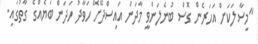
"މިސާލަކަށް އަހަރެން ގޮސް ބުނެލަންވީ މާދަން އައިސްދޭށޭ ހަވާދު ހަދަން ބަޔެއްގެ ގާތުގައި.